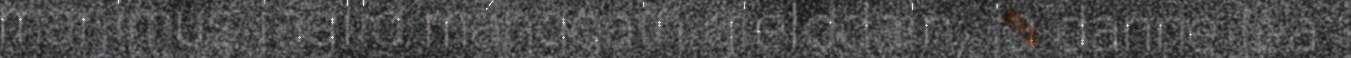
maŋimus jagiid máŋggain gielddain, ja danne lea